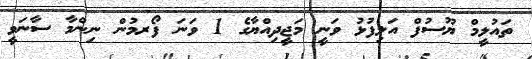
ތައުލީމް ޔޫސުފް އަލިފުޅު ވަނީ މަޖީދިއްޔާގެ 1 ވަނަ ފޯރމުން ނިންމާ ސާނަވީ